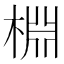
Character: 棩